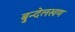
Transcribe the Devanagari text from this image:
बुन्देलखण